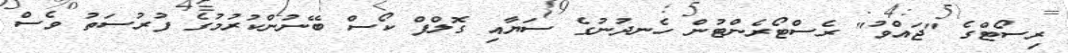
ރިސޯޓްގެ "ޖައްވު" ރެސްޓޯރެންޓުން ހެނދުނުގެ ސަޔާއި ގޮލްފް ކޯސް ބޭނުންކުރުމުގެ ފުރުސަތު ވެސް